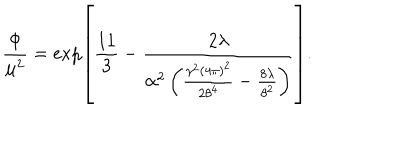
\frac { \Phi } { \mu ^ { 2 } } = \exp \left[ \frac { 1 1 } { 3 } - \frac { 2 \lambda } { \alpha ^ { 2 } \left( \frac { \gamma ^ { 2 } ( 4 \pi ) ^ { 2 } } { 2 \theta ^ { 4 } } - \frac { 8 \lambda } { \theta ^ { 2 } } \right) } \right] .